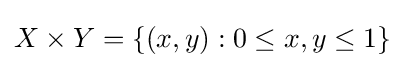
X\times Y=\{(x,y):0\leq x,y\leq 1\}